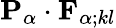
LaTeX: {\mathbf{P}}_{\alpha}\cdot{\mathbf{F}}_{\alpha;kl}